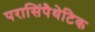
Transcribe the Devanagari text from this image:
परासिंपैथेटिक